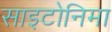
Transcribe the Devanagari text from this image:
साइटोनिमा